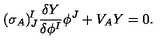
( \sigma _ { A } ) _ { J } ^ { \! I } \frac { \delta Y } { \delta \phi ^ { I } } \phi ^ { J } + V _ { A } Y = 0 .